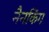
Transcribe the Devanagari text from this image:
नैनकिंग